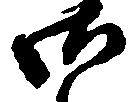
御